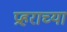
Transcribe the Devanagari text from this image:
प्रहराच्या